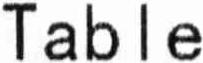
TABLE